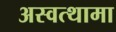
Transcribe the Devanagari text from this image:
अस्वत्थामा